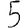
Digit: 5